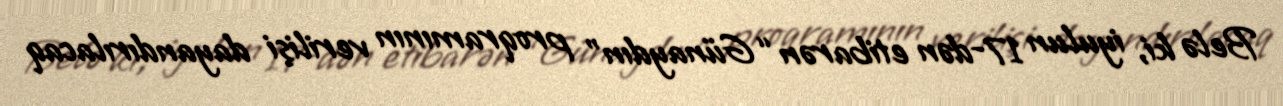
Belə ki, iyulun 17-dən etibarən “Günaydın” proqramının verilişi dayandırılacaq